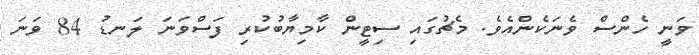
ވަނީ ހެންސް ވެނަކެންއެވެ. މެޗުގައި ސިޓީން ކާމިޔާބުކުރި ފަސްވަނަ ލަނޑު 84 ވަނަ